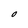
Character: O